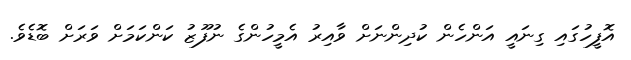
އޮފީހުގައި ގިނައީ އަންހެން ކުދިންނަށް ވާއިރު އެމީހުންގެ ނުފޫޒު ކަންކަމަށް ވަރަށް ބޮޑެވެ.